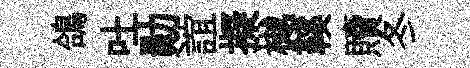
鴿吐勛誼擬樾鞵贖冬